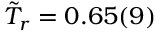
\tilde { T } _ { r } = 0 . 6 5 ( 9 )